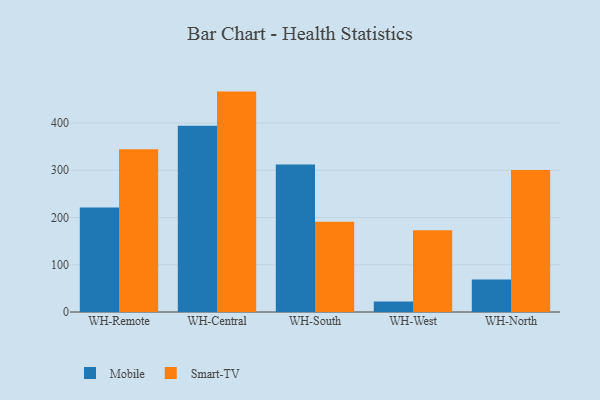
{"axis": {"x": "Warehouse", "y": "Demand Index"}, "legend": ["Mobile", "Smart-TV"], "data": [{"x": "WH-Remote", "y": 221.0, "type": "Mobile"}, {"x": "WH-Remote", "y": 344.7, "type": "Smart-TV"}, {"x": "WH-Central", "y": 394.4, "type": "Mobile"}, {"x": "WH-Central", "y": 466.5, "type": "Smart-TV"}, {"x": "WH-South", "y": 312.0, "type": "Mobile"}, {"x": "WH-South", "y": 191.0, "type": "Smart-TV"}, {"x": "WH-West", "y": 22.4, "type": "Mobile"}, {"x": "WH-West", "y": 172.9, "type": "Smart-TV"}, {"x": "WH-North", "y": 68.8, "type": "Mobile"}, {"x": "WH-North", "y": 300.5, "type": "Smart-TV"}]}